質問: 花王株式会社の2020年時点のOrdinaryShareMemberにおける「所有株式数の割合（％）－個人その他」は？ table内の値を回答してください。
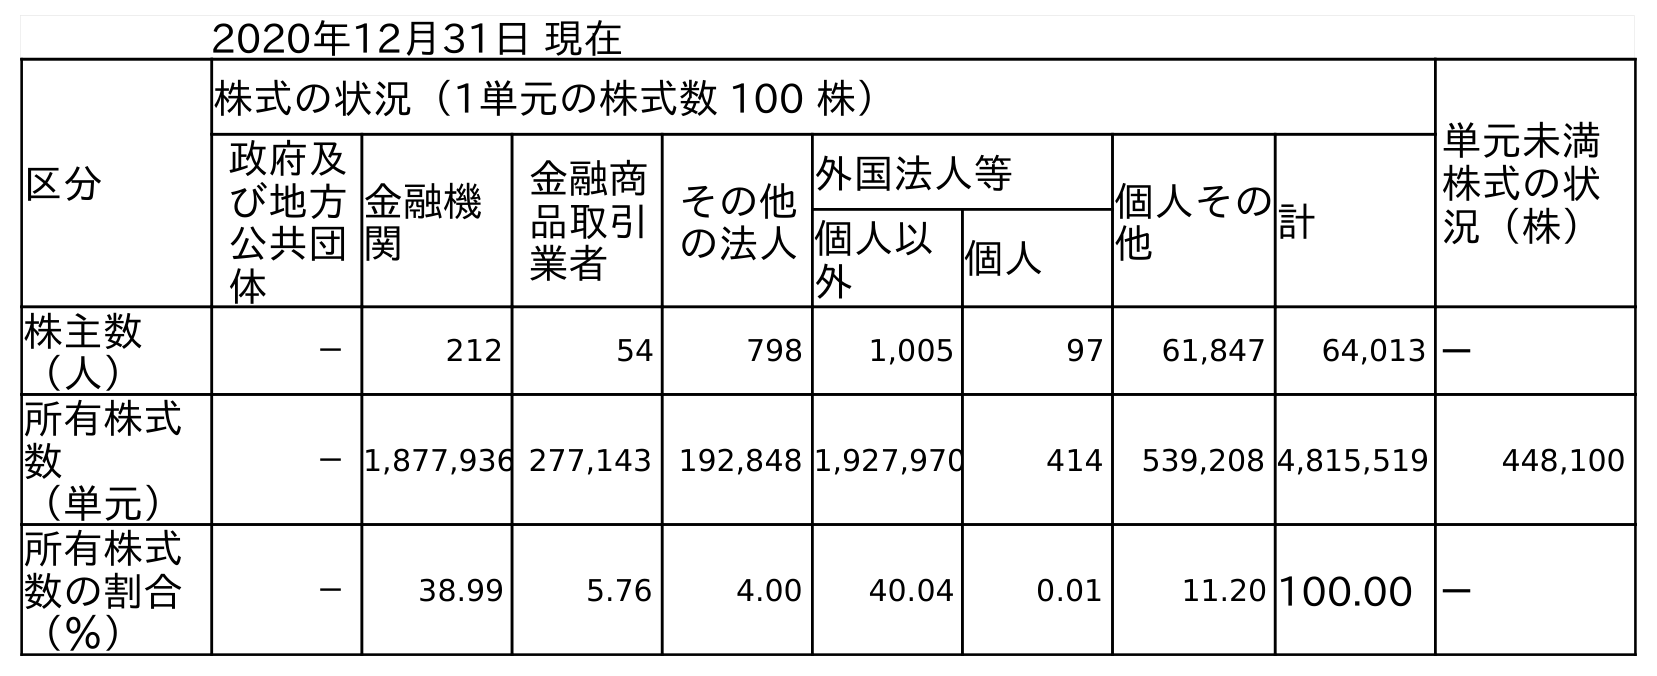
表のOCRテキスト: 2020年12月31日 現在 区分 株式の状況（1単元の株式数 100 株） 単元未満 株式の状 況（株） 政府及 び地方 公共団 体 金融機 関 金融商 品取引 業者 その他 の法人 外国法人等 個人その 他 計 個人以 外 個人 株主数 （人） － 212 54 798 1,005 97 61,847 64,013 － 所有株式 数 （単元） －1,877,936 277,143 192,848 1,927,970 414 539,208 4,815,519 448,100 所有株式 数の割合 （％） － 38.99 5.76 4.00 40.04 0.01 11.20 100.00 －
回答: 11.20